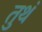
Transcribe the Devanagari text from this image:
तुथं